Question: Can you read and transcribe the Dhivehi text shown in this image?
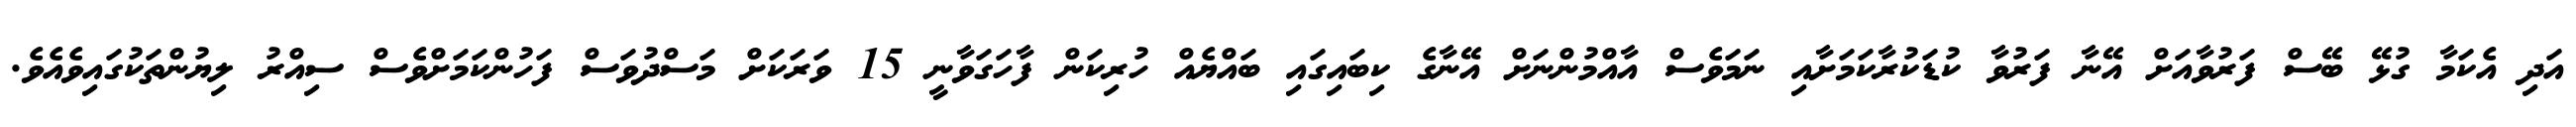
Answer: އަދި އެކަމާ ގުޅޭ ބޭސް ފަރުވާއަށް އޭނާ ފަރުވާ ކުޑަކުރާކަމަށާއި ނަމަވެސް އާއްމުންނަށް އޭނާގެ ކިބައިގައި ބައްޔެއް ހުރިކަން ފާހަގަވާނީ 15 ވަރަކަށް މަސްދުވަސް ފަހުންކަމަށްވެސް ސިއްރު ލިޔުންތަކުގައިވެއެވެ.